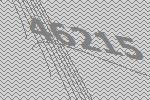
46215